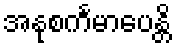
အနုစင်္ကမာပေန္တိ